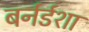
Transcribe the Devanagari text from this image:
बर्नर्डशा